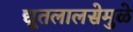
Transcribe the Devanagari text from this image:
द्यूतलालसेमुळे